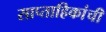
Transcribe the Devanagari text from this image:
साप्ताहिकांची